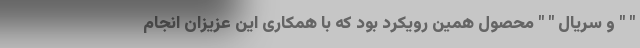
" " و سریال " " محصول همین رویکرد بود که با همکاری این عزیزان انجام